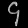
Digit: ၄